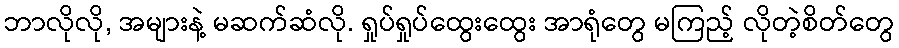
ဘာလိုလို, အများနဲ့ မဆက်ဆံလို. ရှုပ်ရှုပ်ထွေးထွေး အာရုံတွေ မကြည့် လိုတဲ့စိတ်တွေ